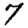
Digit: 7